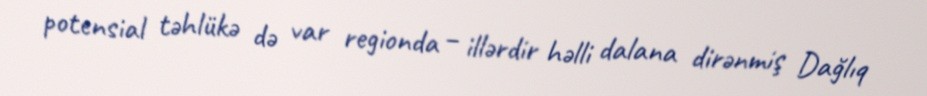
potensial təhlükə də var regionda – illərdir həlli dalana dirənmiş Dağlıq